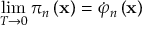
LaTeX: \operatorname * { l i m } _ { T \rightarrow 0 } \pi _ { n } \left( \mathbf { x } \right) = \dot { \varphi } _ { n } \left( \mathbf { x } \right)